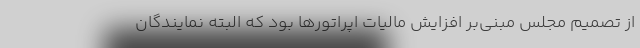
از تصمیم مجلس مبنی‌بر افزایش مالیات اپراتورها بود که البته نمایندگان